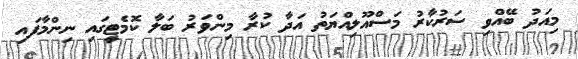
މިއަދު ބޭއްވި ސަރުކާރު މަސްއޫލިއްޔަތު އަދާ ކުރާ މިންވަރު ބަލާ ކޮމެޓީގައި ނިންމާފައި